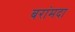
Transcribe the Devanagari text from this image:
बरांमदा